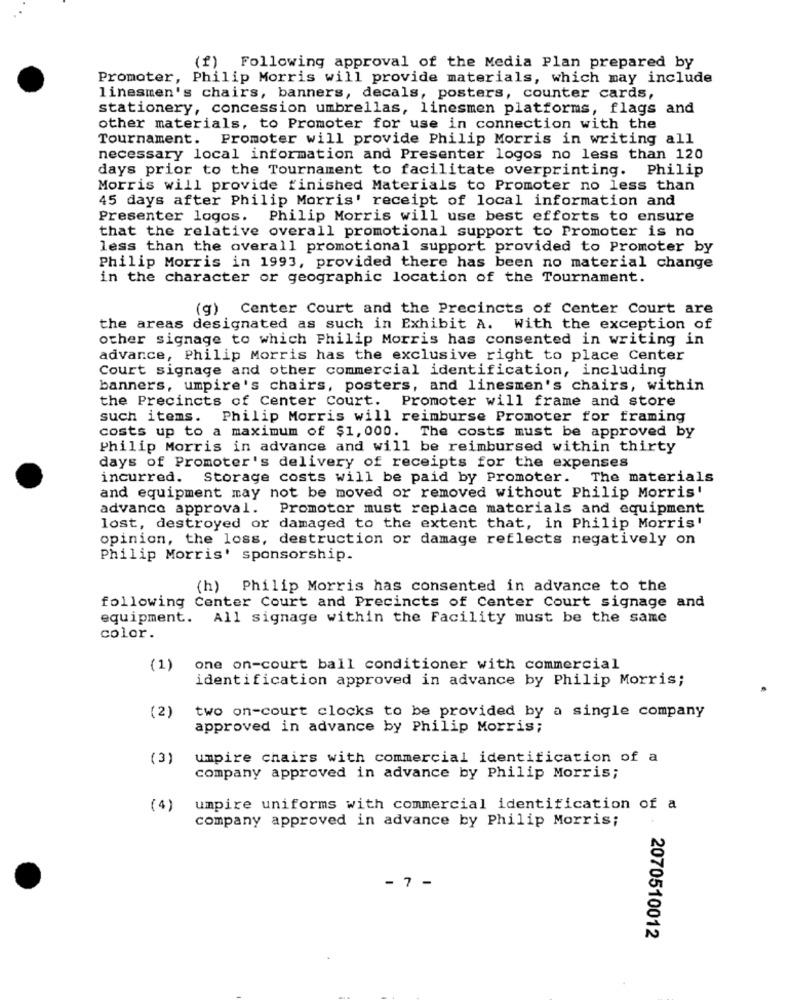
(f) Following approval of the Media Plan prepared by
Promoter, Philip Morris will provide materials, which may include
linesmen's chairs, banners, decals, posters, counter cards,
stationery, concession umbrellas, linesmen platforms, flags and
other materials, to Promoter for use in connection with the
Tournament. Promoter will provide Philip Morris in writing all
necessary local information and Presenter logos no less than 120
days prior to the Tournament to facilitate overprinting. Philip
Morris will provide finished Materials to Promoter no less than
45 days after Philip Morris' receipt of local information and
Presenter logos. Philip Morris will use best efforts to ensure
that the relative overall promotional support to Promoter is no
less than the overall promotional support provided to Promoter by
Philip Morris in 1993, provided there has been no material change
in the character or geographic location of the Tournament.
(g) Center Court and the Precincts of Center Court are
the areas designated as such in Exhibit A. With the exception of
other signage to which Philip Morris has consented in writing in
advance, Philip Morris has the exclusive right to place Center
Court signage and other commercial identification, including
banners, umpire's chairs, posters, and linesmen's chairs, within
the Precincts of Center Court. Promoter will frame and store
such items. Philip Morris will reimburse Promoter for framing
costs up to a maximum of $1,000. The costs must be approved by
Philip Morris in advance and will be reimbursed within thirty
days of Promoter's delivery of receipts for the expenses
incurred. Storage costs will be paid by Promoter. The materials
and equipment may not be moved or removed without Philip Morris'
advance approval. Promoter must replace materials and equipment
lost, destroyed or damaged to the extent that, in Philip Morris'
opinion, the loss, destruction or damage reflects negatively on
Philip Morris' sponsorship.
(h) Philip Morris has consented in advance to the
following Center Court and Precincts of Center Court signage and
equipment. All signage within the Facility must be the same
color.
(1)
one on-court ball conditioner with commercial
identification approved in advance by Philip Morris;
(2)
two on-court clocks to be provided by a single company
approved in advance by Philip Morris;
(3)
umpire chairs with commercial identification of a
company approved in advance by Philip Morris;
(4)
umpire uniforms with commercial identification of a
company approved in advance by Philip Morris;
- 7 -
2070510012